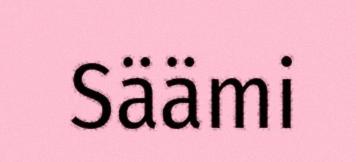
Säämi